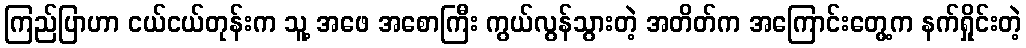
ကြည်ပြာဟာ ငယ်ငယ်တုန်းက သူ့ အဖေ အစောကြီး ကွယ်လွန်သွားတဲ့ အတိတ်က အကြောင်းတွေ့က နက်ရှိုင်းတဲ့